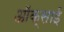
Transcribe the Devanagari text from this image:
ऑक्साई